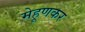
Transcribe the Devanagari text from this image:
मेहूणकर